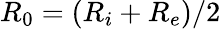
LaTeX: R_{0}=(R_{i}+R_{e})/2